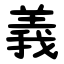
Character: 義